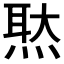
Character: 𤋕